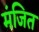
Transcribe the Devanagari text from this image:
मंजित